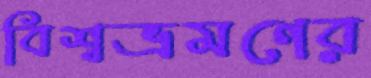
বিশ্বভ্রমণের